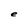
Character: e